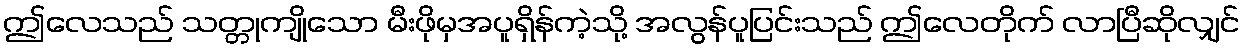
ဤလေသည် သတ္တုကျိုသော မီးဖိုမှအပူရှိန်ကဲ့သို့ အလွန်ပူပြင်းသည် ဤလေတိုက် လာပြီဆိုလျှင်